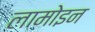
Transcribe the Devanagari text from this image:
लामोइन